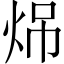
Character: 𪸧